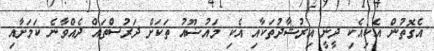
އެގޮތުން އެކިއެކި ދީނީ އިރުޝާދުތަކާއި އެކި މައުޟޫއު ތަކަށް ދަރުސްތައް ދެއްވާނެ ކަމަށާއި